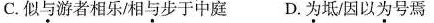
C.似与游者相乐/相与步于中庭D.为坻因以为号焉